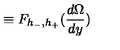
\equiv F _ { h _ { - } , h _ { + } } ( \frac { d \Omega } { d y } )